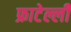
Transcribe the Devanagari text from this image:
फ्राटेल्ली